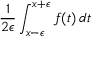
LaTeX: { \frac { 1 } { 2 \epsilon } } \int _ { x - \epsilon } ^ { x + \epsilon } f ( t ) \, d t